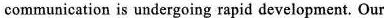
communication is undergoing rapid development. Our